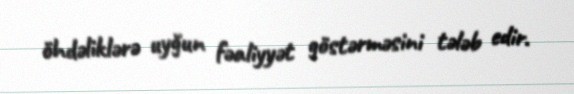
öhdəliklərə uyğun fəaliyyət göstərməsini tələb edir.